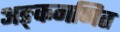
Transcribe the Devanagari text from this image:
अङ्कगणित